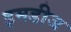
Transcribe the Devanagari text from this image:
इमडीज